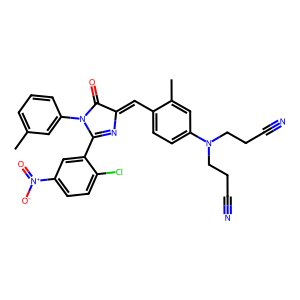
SMILES: Cc1cccc(N2C(=O)C(=Cc3ccc(N(CCC#N)CCC#N)cc3C)N=C2c2cc([N+](=O)[O-])ccc2Cl)c1
Inhibits HIV replication: No